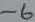
Text: -6